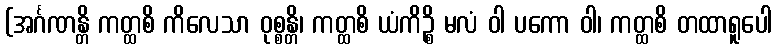
(အင်္ဂဏန္တိ ကတ္ထစိ ကိလေသာ ဝုစ္စန္တိ၊ ကတ္ထစိ ယံကိဉ္စိ မလံ ဝါ ပကော ဝါ၊ ကတ္ထစိ တထာရူပေါ